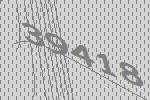
39418